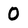
Character: 0